King Institute of Preventive Medicine Bacteriolog. Section reports 1907-08
Year: 1907
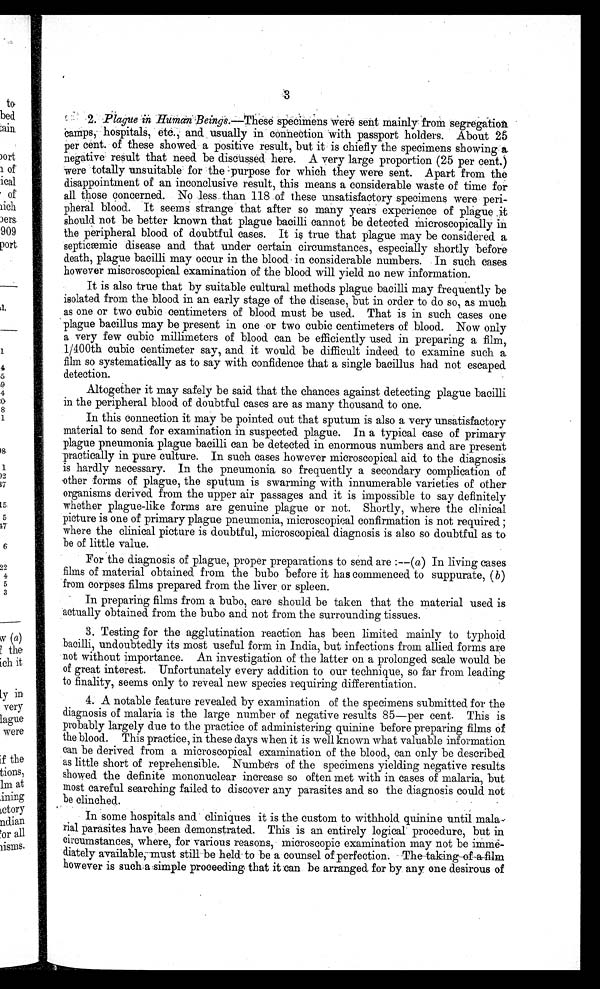
2 . Plague in Human Beings.— T h e s e
s p e c i m e n s
w e r e s e n t m a i n l y f r o m s e g r eg
a ti
o n
camps, hospitals, and usually in connection with passport holders. About 25
per cent. of these showed. a positive result, but it is chiefly the specimens showing a
negative result that need. be discussed here. A very large proportion (25 per cent.)
were totally unsuitable for the purpose for which they were sent. Apart from the
disappointment of an inconclusive result, this means a considerable waste of time for
all those concerned. No less. than 118 .of these unsatisfactory .specimens were peri
pheral blood. It seems strange that after so many years experience of plague ,it
should not be better known that plague bacilli cannot be detected Microscopically in
the peripheral blood of doubtful cases. It is true that plague may be considered a
septicæmic disease and that under certain circumstances, especially shortly before
death, plague bacilli may occur in the blood in considerable numbers. In such cases
however miseroscopical examination of the blood will yield no new information.
It is also true that by suitable cultural methods plague bacilli may frequently be
isolated from the blood in an early stage of the disease, but in order to do so, as much
as one or two cubic centimeters of blood must be used. That is in such cases one
plague bacillus may be present in one or two cubic centimeters of blood. Now only
a very few cubic millimeters of blood can be efficiently used in preparing a filmy
1/400th cubic centimeter say, and it would be difficult indeed to examine such a.
film so systematically as to say with confidence that a single bacillus had not escaped
detection.
Altogether it may safely be said that the chances against detecting plague bacilli
in the peripheral blood of doubtful cases are as many thousand to one.
In this connection it may be pointed out that sputum is also a very unsatisfactory
material to send for examination in suspected plague. In a typical case of primary
plague pneumonia plague bacilli can be detected in enormous numbers and are present
practically in pure culture. In such cases however microscopical aid to the diagnosis
is hardly necessary. In the pneumonia so frequently a secondary complication of
other forms of plague, the sputum is swarming with innumerable varieties of other
organisms derived from the upper air passages and it is impossible to say definitely
whether plague-like forms are genuine plague or not. Shortly, where the clinical
picture is one of primary plague pneumonia, microscopical confirmation is not required ;
where the clinical picture is doubtful, microscopical diagnosis is also so doubtful as to
be of little value.
For the diagnosis of plague, proper preparations to send are :--(a) In living cases
films of material obtained from the bubo before it has commenced to suppurate, (b)
from corpses films prepared from the liver or spleen.
In preparing films from a bubo, care should be taken that the material used is
actually obtained from the bubo and not from the surrounding tissues.
3. Testing for the agglutination reaction has been limited mainly to typhoid
bacilli, undoubtedly its most useful form in India, but infections from allied forms are
not without importance. An investigation of the latter on a prolonged scale would be
of great interest. Unfortunately every addition to our technique, so far from leading
to finality, seems only to reveal new species requiring differentiation.
4. A notable feature revealed by examination of the specimens submitted for the
diagnosis of malaria is the large number of negative results 85—per cent. This is
probably largely due to the practice of administering quinine before preparing films of
the blood. This practice, in these days when it is well known what valuable information
can be derived from a microscopical examination of the blood, can only be described
as little short of reprehensible. Numbers of the spedimens yielding negative results
showed the definite mononuclear increase so often met with in cases of malaria, but
most careful searching failed to discover any parasites and so the diagnosis could not
be clinched.
In some hospitals and . cliniques it is the custom to withhold quinine until mala
rial parasites have been demonstrated. This is an entirely logical procedure, but in
circumstances, where, for various reasons, microscopic examination may not be imme-
diately available must still be held to be a counsel of perfection. The taking of a film
however is such a simple proceeding that it can be arranged. for by any one desirous of